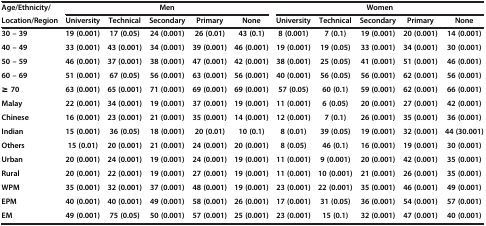
<table><thead><tr><td><b>Age/Ethnicity/</b></td><td colspan="5"><b>Men</b></td><td colspan="5"><b>Women</b></td></tr><tr><td><b>Location/Region</b></td><td><b>University</b></td><td><b>Technical</b></td><td><b>Secondary</b></td><td><b>Primary</b></td><td><b>None</b></td><td><b>University</b></td><td><b>Technical</b></td><td><b>Secondary</b></td><td><b>Primary</b></td><td><b>None</b></td></tr></thead><tbody><tr><td><b>30 – 39</b></td><td><b>19 (0.001)</b></td><td><b>17 (0.05)</b></td><td><b>24 (0.001)</b></td><td><b>26 (0.01)</b></td><td><b>43 (0.1)</b></td><td><b>8 (0.001)</b></td><td><b>7 (0.1)</b></td><td><b>19 (0.001)</b></td><td><b>20 (0.001)</b></td><td><b>14 (0.001)</b></td></tr><tr><td><b>40 – 49</b></td><td><b>33 (0.001)</b></td><td><b>43 (0.001)</b></td><td><b>34 (0.001)</b></td><td><b>39 (0.001)</b></td><td><b>46 (0.001)</b></td><td><b>19 (0.001)</b></td><td><b>19 (0.05)</b></td><td><b>33 (0.001)</b></td><td><b>34 (0.001)</b></td><td><b>30 (0.001)</b></td></tr><tr><td><b>50 – 59</b></td><td><b>46 (0.001)</b></td><td><b>37 (0.001)</b></td><td><b>38 (0.001)</b></td><td><b>47 (0.001)</b></td><td><b>42 (0.001)</b></td><td><b>38 (0.001)</b></td><td><b>25 (0.05)</b></td><td><b>41 (0.001)</b></td><td><b>51 (0.001)</b></td><td><b>46 (0.001)</b></td></tr><tr><td><b>60 – 69</b></td><td><b>51 (0.001)</b></td><td><b>67 (0.05)</b></td><td><b>56 (0.001)</b></td><td><b>63 (0.001)</b></td><td><b>56 (0.001)</b></td><td><b>40 (0.001)</b></td><td><b>56 (0.05)</b></td><td><b>56 (0.001)</b></td><td><b>62 (0.001)</b></td><td><b>56 (0.001)</b></td></tr><tr><td><b>≥ 70</b></td><td><b>63 (0.001)</b></td><td><b>65 (0.001)</b></td><td><b>71 (0.001)</b></td><td><b>69 (0.001)</b></td><td><b>69 (0.001)</b></td><td><b>57 (0.05)</b></td><td><b>60 (0.1)</b></td><td><b>59 (0.001)</b></td><td><b>62 (0.001)</b></td><td><b>66 (0.001)</b></td></tr><tr><td><b>Malay</b></td><td><b>22 (0.001)</b></td><td><b>34 (0.001)</b></td><td><b>19 (0.001)</b></td><td><b>37 (0.001)</b></td><td><b>19 (0.001)</b></td><td><b>11 (0.001)</b></td><td><b>6 (0.05)</b></td><td><b>20 (0.001)</b></td><td><b>27 (0.001)</b></td><td><b>42 (0.001)</b></td></tr><tr><td><b>Chinese</b></td><td><b>16 (0.001)</b></td><td><b>23 (0.001)</b></td><td><b>21 (0.001)</b></td><td><b>35 (0.001)</b></td><td><b>14 (0.001)</b></td><td><b>12 (0.001)</b></td><td><b>7 (0.1)</b></td><td><b>26 (0.001)</b></td><td><b>35 (0.001)</b></td><td><b>36 (0.001)</b></td></tr><tr><td><b>Indian</b></td><td><b>15 (0.001)</b></td><td><b>36 (0.05)</b></td><td><b>18 (0.001)</b></td><td><b>20 (0.01)</b></td><td><b>10 (0.1)</b></td><td><b>8 (0.01)</b></td><td><b>39 (0.05)</b></td><td><b>19 (0.001)</b></td><td><b>32 (0.001)</b></td><td><b>44 (30.001)</b></td></tr><tr><td><b>Others</b></td><td><b>15 (0.01)</b></td><td><b>20 (0.001)</b></td><td><b>21 (0.001)</b></td><td><b>24 (0.001)</b></td><td><b>20 (0.001)</b></td><td><b>8 (0.05)</b></td><td><b>46 (0.1)</b></td><td><b>16 (0.001)</b></td><td><b>19 (0.001)</b></td><td><b>30 (0.001)</b></td></tr><tr><td><b>Urban</b></td><td><b>20 (0.001)</b></td><td><b>24 (0.001)</b></td><td><b>19 (0.001)</b></td><td><b>24 (0.001)</b></td><td><b>19 (0.001)</b></td><td><b>11 (0.001)</b></td><td><b>9 (0.001)</b></td><td><b>20 (0.001)</b></td><td><b>42 (0.001)</b></td><td><b>35 (0.001)</b></td></tr><tr><td><b>Rural</b></td><td><b>20 (0.001)</b></td><td><b>22 (0.001)</b></td><td><b>19 (0.001)</b></td><td><b>27 (0.001)</b></td><td><b>19 (0.001)</b></td><td><b>11 (0.001)</b></td><td><b>10 (0.001)</b></td><td><b>21 (0.001)</b></td><td><b>26 (0.001)</b></td><td><b>35 (0.001)</b></td></tr><tr><td><b>WPM</b></td><td><b>35 (0.001)</b></td><td><b>32 (0.001)</b></td><td><b>37 (0.001)</b></td><td><b>48 (0.001)</b></td><td><b>19 (0.001)</b></td><td><b>23 (0.001)</b></td><td><b>22 (0.001)</b></td><td><b>35 (0.001)</b></td><td><b>46 (0.001)</b></td><td><b>49 (0.001)</b></td></tr><tr><td><b>EPM</b></td><td><b>40 (0.001)</b></td><td><b>40 (0.001)</b></td><td><b>49 (0.001)</b></td><td><b>58 (0.001)</b></td><td><b>26 (0.001)</b></td><td><b>17 (0.001)</b></td><td><b>31 (0.05)</b></td><td><b>36 (0.001)</b></td><td><b>54 (0.001)</b></td><td><b>57 (0.001)</b></td></tr><tr><td><b>EM</b></td><td><b>49 (0.001)</b></td><td><b>75 (0.05)</b></td><td><b>50 (0.001)</b></td><td><b>57 (0.001)</b></td><td><b>25 (0.001)</b></td><td><b>23 (0.001)</b></td><td><b>15 (0.1)</b></td><td><b>32 (0.001)</b></td><td><b>47 (0.001)</b></td><td><b>40 (0.001)</b></td></tr></tbody></table>